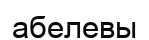
абелевы